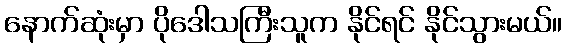
နောက်ဆုံးမှာ ပိုဒေါသကြီးသူက နိုင်ရင် နိုင်သွားမယ်။